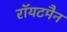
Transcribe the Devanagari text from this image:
रॉयटमैन